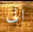
الى